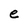
Character: e